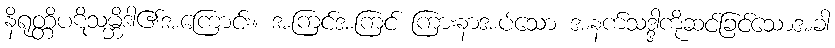
နိရုတ္တိပဋိသမ္ဘိဒါ၏အကြောင်း။ အကြင်အကြင် ကြားနာအပ်သော အနက်သဒ္ဒါကိုဆင်ခြင်သောအခါ